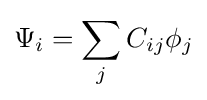
\Psi _{i}=\sum \limits _{j}C_{ij}\phi _{j}